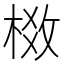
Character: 𬃈